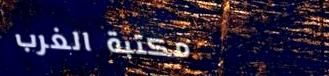
مكتبة الغرب